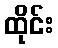
ထိုင်း